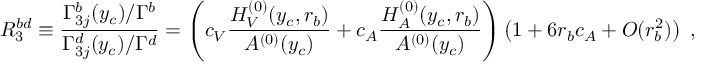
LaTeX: R _ { 3 } ^ { b d } \equiv \frac { \Gamma _ { 3 j } ^ { b } ( y _ { c } ) / \Gamma ^ { b } } { \Gamma _ { 3 j } ^ { d } ( y _ { c } ) / \Gamma ^ { d } } = \left( c _ { V } \frac { H _ { V } ^ { ( 0 ) } ( y _ { c } , r _ { b } ) } { A ^ { ( 0 ) } ( y _ { c } ) } + c _ { A } \frac { H _ { A } ^ { ( 0 ) } ( y _ { c } , r _ { b } ) } { A ^ { ( 0 ) } ( y _ { c } ) } \right) \left( 1 + 6 r _ { b } c _ { A } + O ( r _ { b } ^ { 2 } ) \right) ~ ,